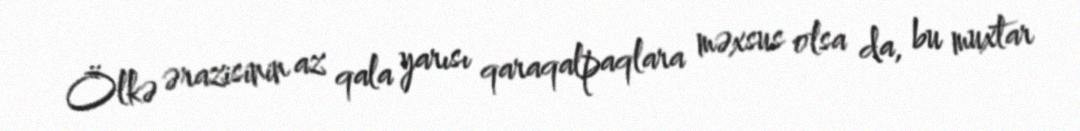
Ölkə ərazisinin az qala yarısı qaraqalpaqlara məxsus olsa da, bu muxtar